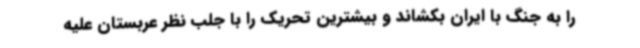
را به جنگ با ایران بکشاند و بیشترین تحریک را با جلب نظر عربستان علیه